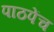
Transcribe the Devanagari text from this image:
पाठपेंच